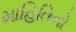
માહિતિનો